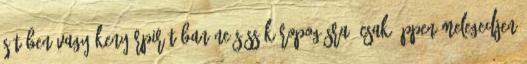
sütőben vagy kenyérpirítóban ne süssük ropogósra, csak éppen melegedjen